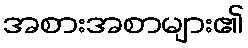
အစားအစာများ၏